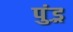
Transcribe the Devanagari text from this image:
पुंड़्र